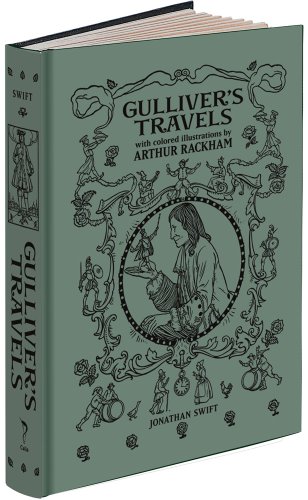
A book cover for Gulliver's Travels (Calla Editions); Jonathan Swift; Literature & Fiction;